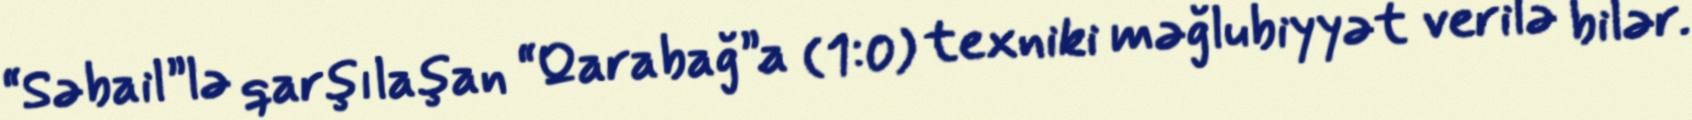
“Səbail”lə qarşılaşan “Qarabağ”a (1:0) texniki məğlubiyyət verilə bilər.